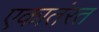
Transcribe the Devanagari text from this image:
एकातंरत